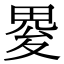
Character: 𤲋